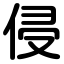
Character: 侵